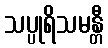
သပ္ပုရိသမန္တီ